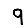
Digit: 9